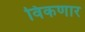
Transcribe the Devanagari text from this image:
विकणार